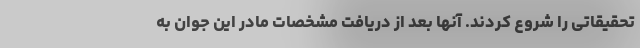
تحقیقاتی را شروع کردند. آنها بعد از دریافت مشخصات مادر این جوان به